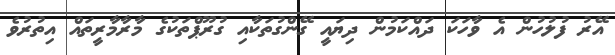
އޭރު ފުލުހުން އެ ވާހަކަ ދައްކަމުން ދިޔައީ ގޭންގުތަކާއި ގުރޫޕްތަކުގެ މާރާމާރީތައް އިތުރުވެ